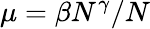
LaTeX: \mu=\beta N^{\gamma}/N